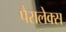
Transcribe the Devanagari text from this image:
पैरालेक्स